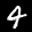
Label: 4